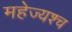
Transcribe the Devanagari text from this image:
महेज्यश्च